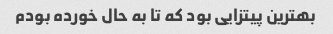
بهترین پیتزایی بود که تا به حال خورده بودم